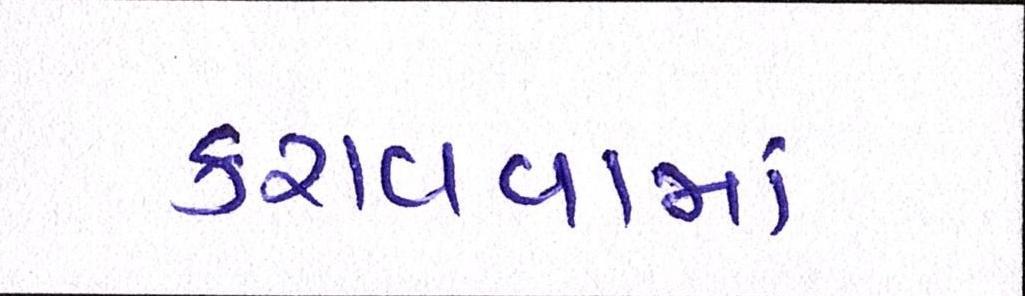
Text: કરાવવામાં